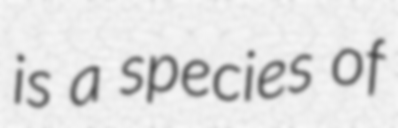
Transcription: is a species of